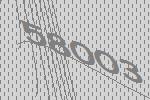
58003